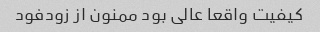
کیفیت واقعا عالی بود ممنون از زودفود